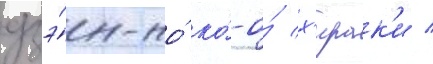
дзэ́н-но́ ко́-о́ х'ирак'и /